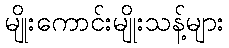
မျိုးကောင်းမျိုးသန့်များ